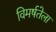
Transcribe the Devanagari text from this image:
विमर्षतेला